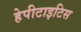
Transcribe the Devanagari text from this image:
हेपीटाइटिस